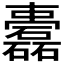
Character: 𥗤